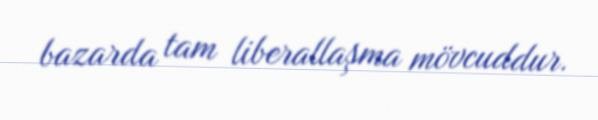
bazarda tam liberallaşma mövcuddur.